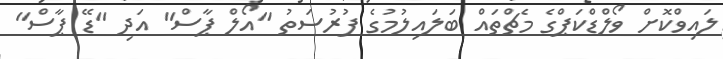
ލައިވްކޮށް ވޯލްޑްކަޕްގެ މެޗްތައް ބަލައިލުމުގެ ފުރުސަތު "އޯލް ޕާސް" އަދި "ޑޭ ޕާސް"